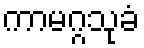
ကာမဂ္ဂသုခံ